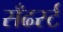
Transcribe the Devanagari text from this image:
सँढर्स्ट